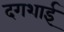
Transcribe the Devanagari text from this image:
दगशाई